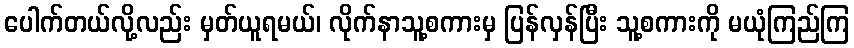
ပေါက်တယ်လို့လည်း မှတ်ယူရမယ်၊ လိုက်နာသူ့စကားမှ ပြန်လှန်ပြီး သူ့စကားကို မယုံကြည်ကြ